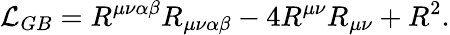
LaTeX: {\cal L}_{GB}=R^{\mu\nu\alpha\beta}R_{\mu\nu\alpha\beta}-4R^{\mu\nu}R_{\mu\nu}+R^{2}.